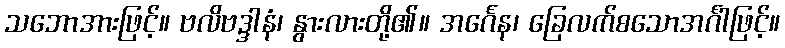
သဘောအားဖြင့်။ ဗလိဗဒ္ဒါနံ၊ နွားလားတို့၏။ အင်္ဂေန၊ ခြေလက်စသောအင်္ဂါဖြင့်။